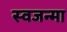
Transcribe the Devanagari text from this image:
स्वजन्मा